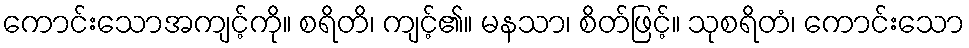
ကောင်းသောအကျင့်ကို။ စရိတိ၊ ကျင့်၏။ မနသာ၊ စိတ်ဖြင့်။ သုစရိတံ၊ ကောင်းသော